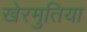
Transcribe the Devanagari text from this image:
खेरमुतिया